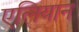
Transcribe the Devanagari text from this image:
एलियान